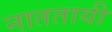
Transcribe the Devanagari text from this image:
नाततायी